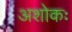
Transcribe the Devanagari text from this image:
अशोकः